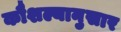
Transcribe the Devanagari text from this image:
कौशल्यानुसार